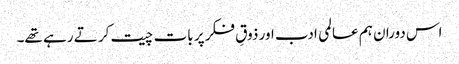
اس دوران ہم عالمی ادب اور ذوقِ فکر پر بات چیت کر تے رہے تھے۔